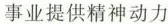
事业提供精神动力